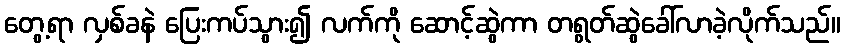
တွေ့ရာ လှစ်ခနဲ ပြေးကပ်သွား၍ လက်ကို ဆောင့်ဆွဲကာ တရွတ်ဆွဲခေါ်လာခဲ့လိုက်သည်။